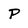
Character: P